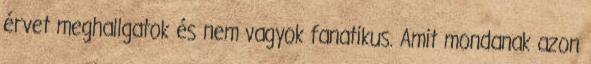
érvet meghallgatok és nem vagyok fanatikus. Amit mondanak azon